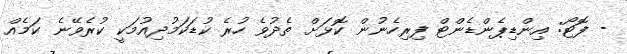
- ފޮޓޯ: އިންޑިޕެންޑެންޓް ފިރިހެނުން ކޮޅަށް ތެދުވެ ހުރެ ކުޑަކަމުދިއުމަކީ ކުރެވޭނެ ކަމެއް